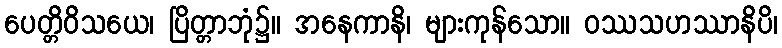
ပေတ္တိဝိသယေ၊ ပြိတ္တာဘုံ၌။ အနေကာနိ၊ များကုန်သော။ ဝဿသဟဿာနိပိ၊